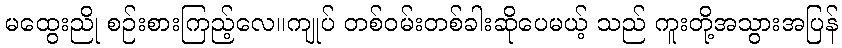
မထွေးညို စဉ်းစားကြည့်လေ။ကျုပ် တစ်ဝမ်းတစ်ခါးဆိုပေမယ့် သည် ကူးတို့အသွားအပြန်